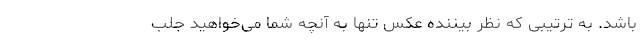
باشد. به ترتیبی که نظر بیننده عکس تنها به آنچه شما می‌خواهید جلب